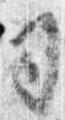
司